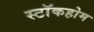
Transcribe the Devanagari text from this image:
स्टाॅकहोम